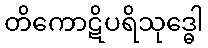
တိကောဋိပရိသုဒ္ဓေါ